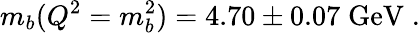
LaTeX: m_{b}(Q^{2}=m_{b}^{2})=4.70\pm 0.07\; \mathrm{\mathrm{\mathrm{GeV}}}\; .